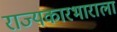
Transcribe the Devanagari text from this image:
राज्यकारभाराला